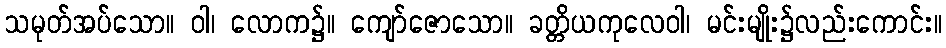
သမုတ်အပ်သော။ ဝါ၊ လောက၌။ ကျော်ဇောသော။ ခတ္တိယကုလေဝါ၊ မင်းမျိုး၌လည်းကောင်း။